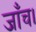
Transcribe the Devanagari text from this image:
जाँच।